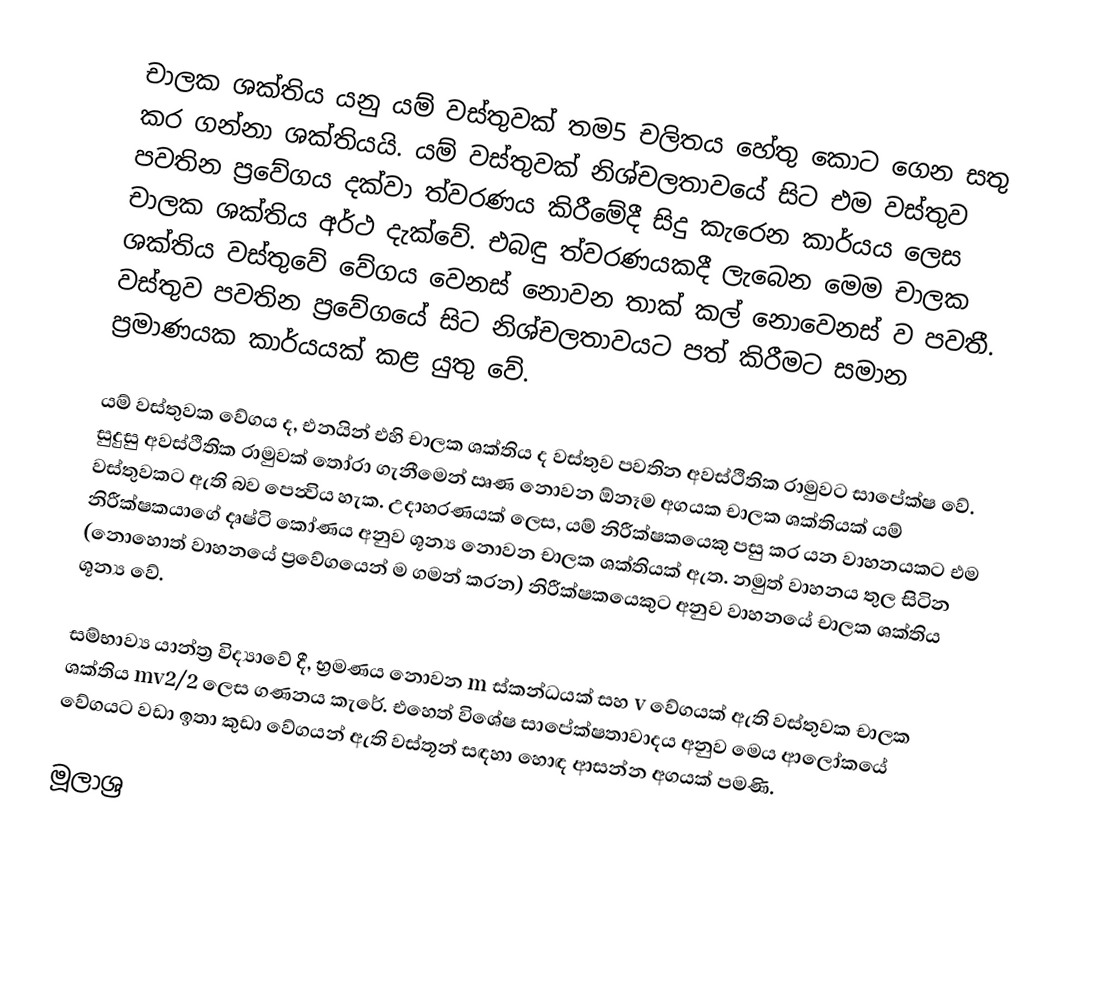
චාලක ශක්තිය යනු යම් වස්තුවක් තම5 චලිතය හේතු කොට ගෙන සතු කර ගන්නා ශක්තියයි. යම් වස්තුවක් නිශ්චලතාවයේ සිට එම වස්තුව පවතින ප්‍රවේගය දක්වා ත්වරණය කිරීමේදී සිදු කැරෙන කාර්යය ලෙස චාලක ශක්තිය අර්ථ දැක්වේ. එබඳු ත්වරණයකදී ලැබෙන මෙම චාලක ශක්තිය වස්තුවේ වේගය වෙනස් නොවන තාක් කල් නොවෙනස් ව පවතී. වස්තුව පවතින ප්‍රවේගයේ සිට නිශ්චලතාවයට පත් කිරීමට සමාන ප්‍රමාණයක කාර්යයක් කළ යුතු වේ.

යම් වස්තුවක වේගය ද, එනයින් එහි චාලක ශක්තිය ද වස්තුව පවතින අවස්ථිතික රාමුවට සාපේක්ෂ වේ. ‍සුදුසු අවස්ථිතික රාමුවක් තෝරා ගැනීමෙන් ඍණ නොවන ඕනෑම අගයක චාලක ශක්තියක් යම් වස්තුවකට ඇති බව පෙන්‍විය හැක. උදාහරණයක් ලෙස, යම් නිරීක්ෂක‍යෙකු පසු කර යන වාහනයකට එම නිරීක්ෂකයාගේ දෘෂ්ටි කෝණය අනුව ශූන්‍ය නොවන චාලක ශක්තියක් ඇත. නමුත් වාහනය තුල සිටින (නොහොත් වාහනයේ ප්‍රවේගයෙන් ම ගමන් කරන) නිරීක්ෂකයෙකුට අනුව වාහනයේ චාලක ශක්තිය ශූන්‍ය වේ.

සම්භාව්‍ය යාන්ත්‍ර විද්‍යාවේ දී, භ්‍රමණය නොවන m ස්කන්ධයක් සහ v වේගයක් ඇති වස්තුවක චාලක ශක්තිය mv2/2 ලෙස ගණනය කැරේ. එහෙත් විශේෂ සාපේක්ෂතාවාදය අනුව මෙය ආලෝකයේ වේගයට වඩා ඉතා කුඩා වේගයන් ඇති වස්තූන් සඳහා හොඳ ආසන්න අගයක් පමණි.

මූලාශ්‍ර